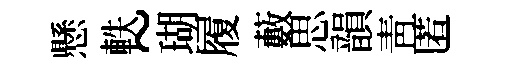
懸軼~瑚履藪思韻靑匿